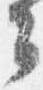
々